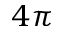
4 \pi